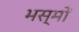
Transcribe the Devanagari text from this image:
भस्मों